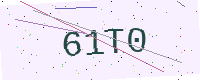
Text: 61T0